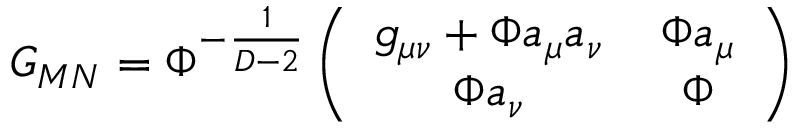
G _ { M N } = \Phi ^ { - \frac { 1 } { D - 2 } } \left( \begin{array} { c c } { { g _ { \mu \nu } + \Phi a _ { \mu } a _ { \nu } } } & { { \, \Phi a _ { \mu } } } \\ { { \Phi a _ { \nu } } } & { { \, \Phi } } \end{array} \right)